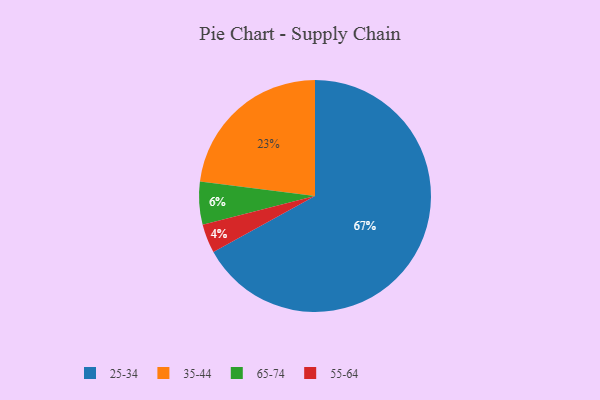
{"axis": {"x": "Category", "y": "Percentage"}, "legend": ["25-34", "35-44", "55-64", "65-74"], "data": [{"x": "35-44", "y": 23, "type": "35-44"}, {"x": "65-74", "y": 6, "type": "65-74"}, {"x": "55-64", "y": 4, "type": "55-64"}, {"x": "25-34", "y": 67, "type": "25-34"}]}